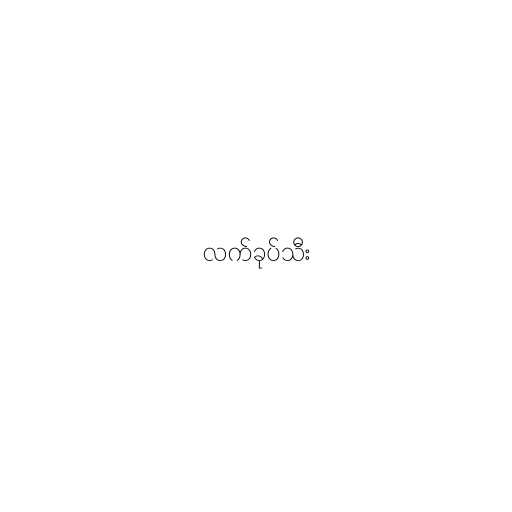
လက်ခုပ်သီး